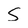
Character: S